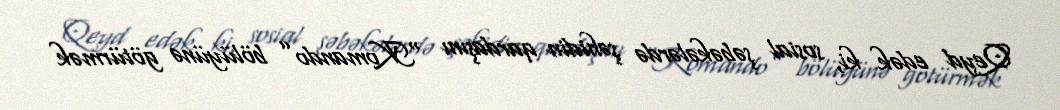
Qeyd edək ki, sosial şəbəkələrdə şəhidin qardaşını “Komando” bölüyünə götürmək